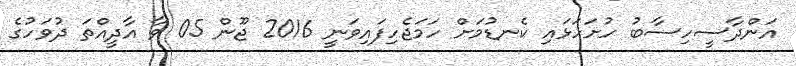
އަންދާސީހިސާބު ހުށަހަޅައި ކެނޑުމަށް ހަމަޖެހިފައިވަނީ 2016 ޖޫން 05 ވާ އާދީއްތަ ދުވަހުގެ